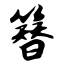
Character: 簪